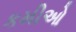
કમીઓ